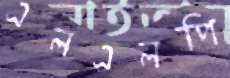
এলএলপি